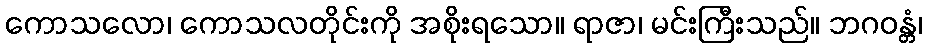
ကောသလော၊ ကောသလတိုင်းကို အစိုးရသော။ ရာဇာ၊ မင်းကြီးသည်။ ဘဂဝန္တံ၊